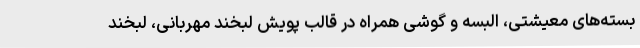
بسته‌های معیشتی، البسه و گوشی همراه در قالب پویش لبخند مهربانی، لبخند